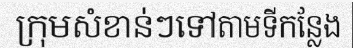
ក្រុមសំខាន់ៗទៅតាមទីកន្លែង